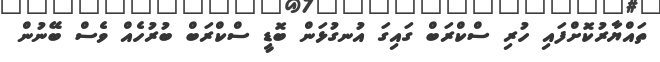
ތައްޔާރުކޮށްފައި ހުރި ސްކްރަބް ގައިގަ އުނގުޅަން ބޮޑީ ސްކްރަބް ބުރުހެއް ވެސް ބޭނުން